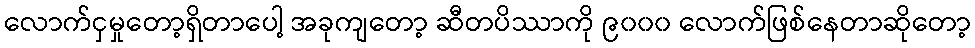
လောက်ငှမှုတော့ရှိတာပေါ့ အခုကျတော့ ဆီတပိဿာကို ၉၀၀၀ လောက်ဖြစ်နေတာဆိုတော့